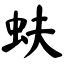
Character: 蚨